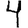
Digit: 4